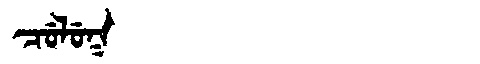
Manchu: ᠴᡠᠯᡠᡴ
Romanization: CULUK